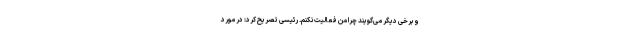
و برخی دیگر می‌گویند چرا من فعالیت نکنم. رئیسی تصریح کرد: در مورد